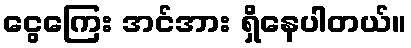
ငွေကြေး အင်အား ရှိနေပါတယ်။